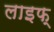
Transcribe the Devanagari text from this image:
लाइफ्